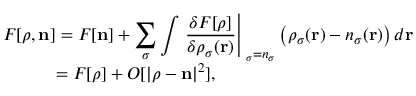
\begin{array} { l } { { \displaystyle { \cal F } [ { \boldsymbol \rho } , { \bf n } ] = F [ { \bf n } ] + \sum _ { \sigma } \int \left. \frac { \delta F [ { \boldsymbol \rho } ] } { \delta \rho _ { \sigma } ( { \bf r } ) } \right\vert _ { { \bf \rho } _ { \sigma } = n _ { \sigma } } \left( \rho _ { \sigma } ( { \bf r } ) - n _ { \sigma } ( { \bf r } ) \right) d { \bf r } } \ ~ } \\ { { \displaystyle ~ ~ ~ ~ ~ ~ ~ ~ ~ = F [ { \boldsymbol \rho } ] + { \cal O } [ \vert { \boldsymbol \rho } - { \bf n } \vert ^ { 2 } ] } , } \end{array}